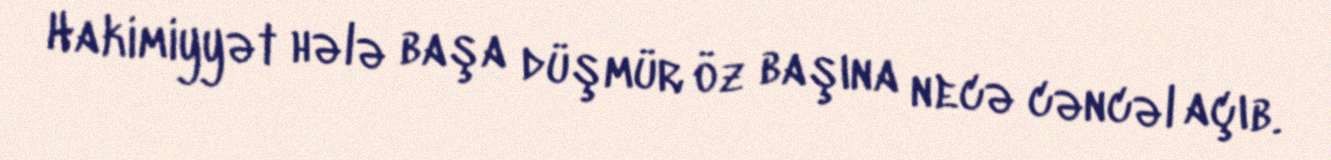
Hakimiyyət hələ başa düşmür öz başına necə cəncəl açıb.